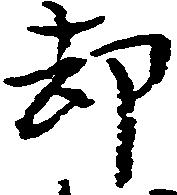
却